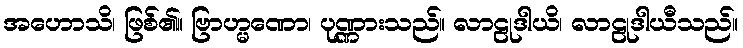
အဟောသိ၊ ဖြစ်၏။ ဗြာဟ္မဏော၊ ပုဏ္ဏားသည်။ လာဠုဒါယိ၊ လာဠုဒါယီသည်။